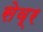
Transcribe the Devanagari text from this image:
सेव्र